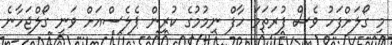
މި ގޯލަށްފަހު ވެސް ފުރަތަމަ ހާފް ނިމުމުގެ ކުރިން ޕެލެސްއަށް ވަނީ ގޯލްޖަހާނެ